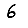
Digit: 6